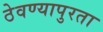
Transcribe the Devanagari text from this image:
ठेवण्यापुरता